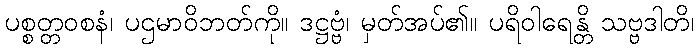
ပစ္စတ္တဝစနံ၊ ပဌမာဝိဘတ်ကို။ ဒဋ္ဌဗ္ဗံ၊ မှတ်အပ်၏။ ပရိဝါရေန္တိ သဗ္ဗဒါတိ၊